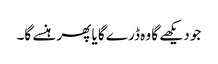
جو دیکھے گا وہ ڈرے گا یا پھر ہنسے گا۔